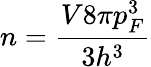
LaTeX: n=\frac{V8\pi p_{F}^{3}}{3h^{3}}